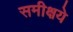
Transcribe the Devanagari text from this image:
समीक्षये